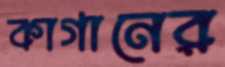
কাগানের